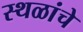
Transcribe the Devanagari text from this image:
स्‍थळांचे